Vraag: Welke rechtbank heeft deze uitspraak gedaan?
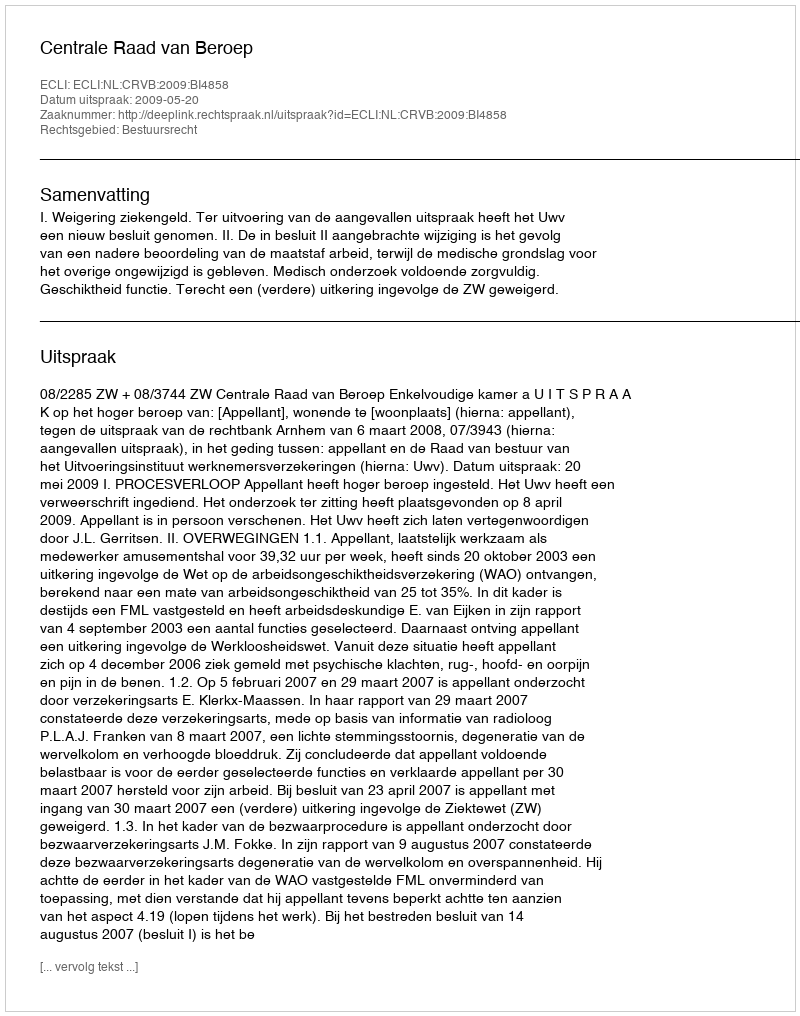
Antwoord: Centrale Raad van Beroep